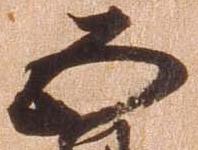
五